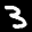
Label: 3